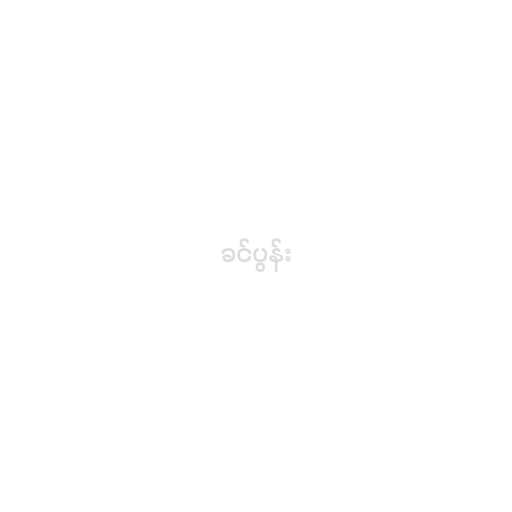
ခင်ပွန်း